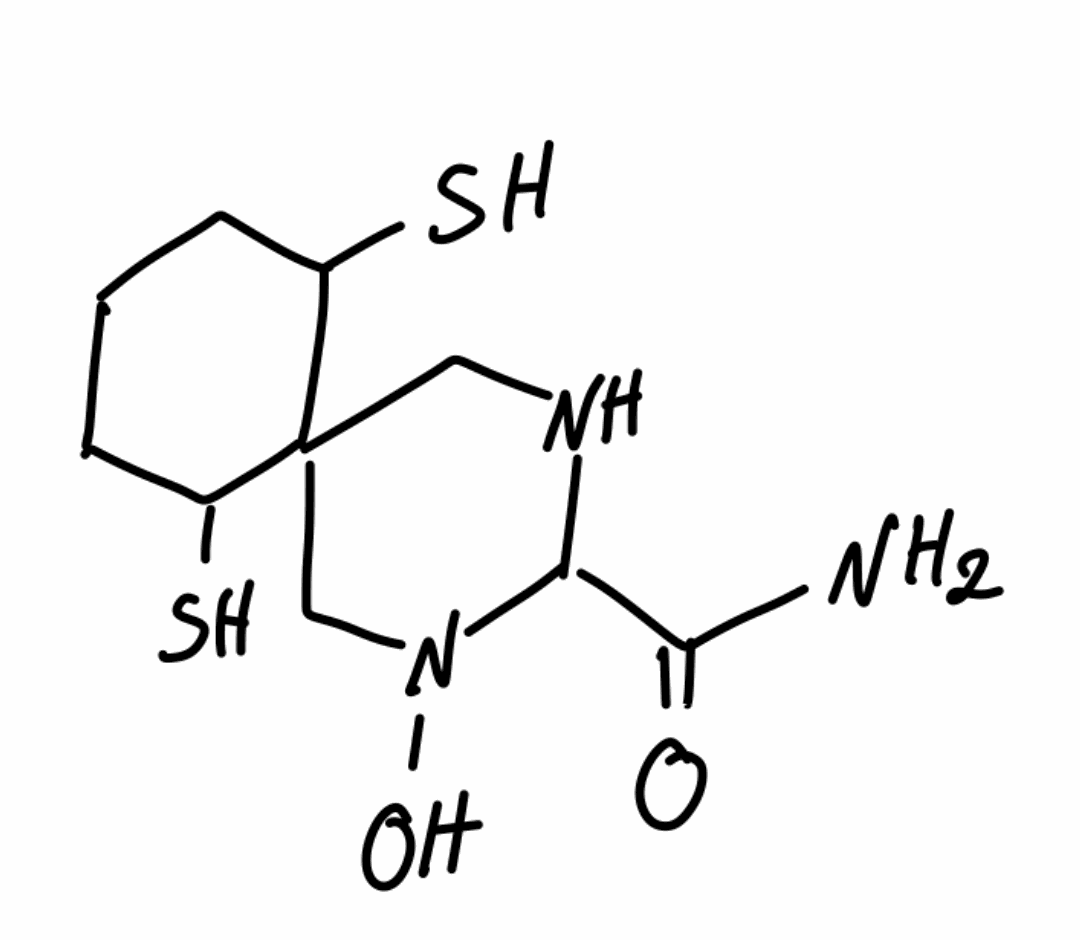
Simplified molecular-input line-entry system (SMILES) notation of the given molecule:
C1CC(C2(CNC(N(C2)O)C(=O)N)C(C1)S)S